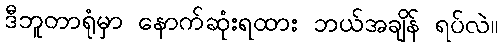
ဒီဘူတာရုံမှာ နောက်ဆုံးရထား ဘယ်အချိန် ရပ်လဲ။